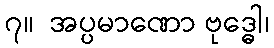
၇။  အပ္ပမာဏော ဗုဒ္ဓေါ၊